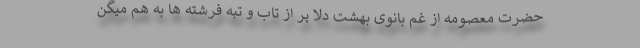
حضرت معصومه از غم بانوی بهشت دلا پر از تاب و تبه فرشته ها به هم میگن